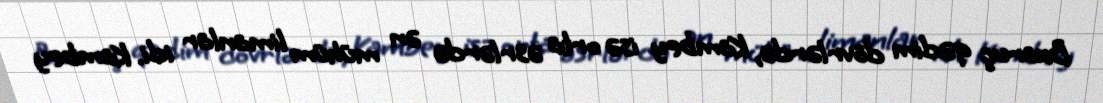
Bxaruç qədim dövrlərdə, Kambey isə orta əsrlərdə ən mühüm limanlar idi. Kambey